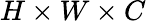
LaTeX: H\times W\times C